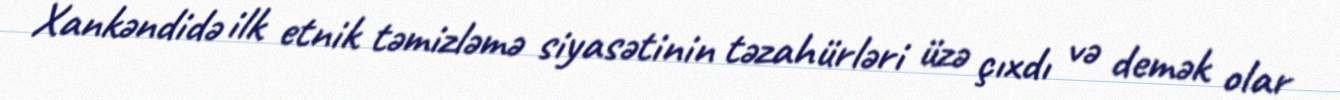
Xankəndidə ilk etnik təmizləmə siyasətinin təzahürləri üzə çıxdı və demək olar